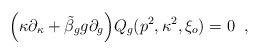
LaTeX: \begin{align*} \Bigl( \kappa \partial_{\kappa} + \tilde{\beta}_g g \partial_g \Bigr) Q_g (p^2, \kappa^2, \xi_o ) = 0 \; \; ,\end{align*}